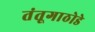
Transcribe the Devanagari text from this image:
तंतूगाठोडे